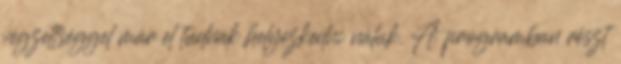
végzettséggel már el tudnak helyezkedni náluk. A programban részt